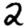
Digit: 2